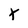
Character: X